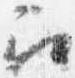
召